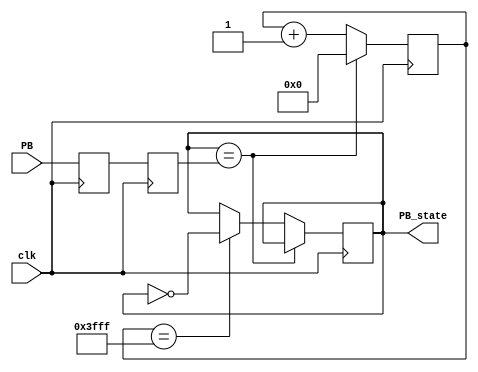
// https://www.eecs.umich.edu/courses/eecs270/270lab/270_docs/debounce.html
module Debouncer(input clk, input PB, output reg PB_state);

// Synchronize the switch input to the clock
reg PB_sync_0;
always @(posedge clk) PB_sync_0 <= PB;
reg PB_sync_1;
always @(posedge clk) PB_sync_1 <= PB_sync_0;

// Debounce the switch
reg [15:0] PB_cnt;
always @(posedge clk)
if(PB_state == PB_sync_1)
    PB_cnt <= 0;
else
begin
    PB_cnt <= PB_cnt + 1'b1; 
    if(PB_cnt == 16'h3fff) PB_state <= ~PB_state; 
end
endmodule